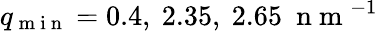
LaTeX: q_{\mathrm{~m~i~n~}}=0.4,\ 2.35,\ 2.65\ \mathrm{~n~m~}^{-1}